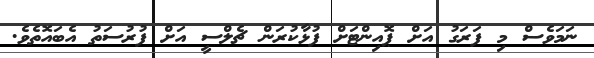
ނަމަވެސް މި ފަރަގު އަށް ޕޮއިންޓަށް ފުޅާކުރަން ޗެލްސީ އަށް ފުރުސަތު އެބައޮތެވެ.